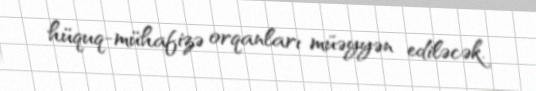
hüquq-mühafizə orqanları müəyyən ediləcək.